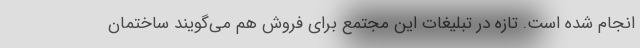
انجام شده است. تازه در تبلیغات این مجتمع برای فروش هم می‌گویند ساختمان